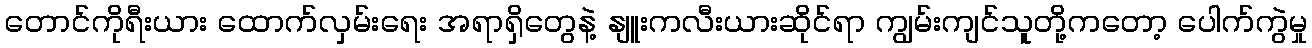
တောင်ကိုရီးယား ထောက်လှမ်းရေး အရာရှိတွေနဲ့ နျူးကလီးယားဆိုင်ရာ ကျွမ်းကျင်သူတို့ကတော့ ပေါက်ကွဲမှု